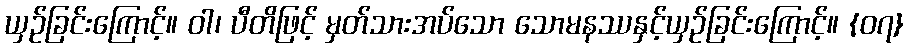
ယှဉ်ခြင်းကြောင့်။ ဝါ၊ ပီတိဖြင့် မှတ်သားအပ်သော သောမနဿနှင့်ယှဉ်ခြင်းကြောင့်။ {၀၇}